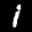
Label: 1